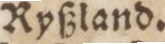
Ryßland.